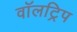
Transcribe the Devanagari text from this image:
वॉलट्रिप